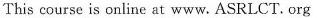
This course is online at www. ASRLCT. Org